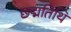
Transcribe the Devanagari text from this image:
छद्मतिथि